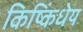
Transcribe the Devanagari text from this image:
किष्किंधेय